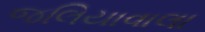
જલિયાવાલા